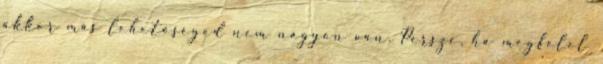
akkor más lehetőséged nem nagyon van. Persze, ha megfelel